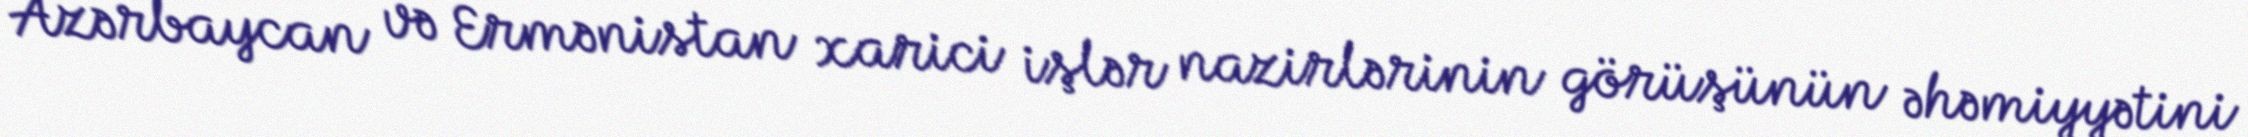
Azərbaycan və Ermənistan xarici işlər nazirlərinin görüşünün əhəmiyyətini